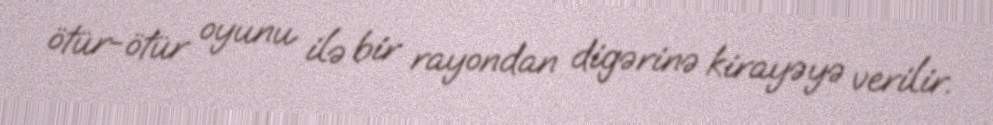
ötür-ötür oyunu ilə bir rayondan digərinə kirayəyə verilir.